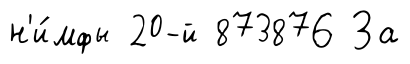
н'и́мфы 20-й 873876 За